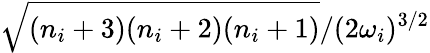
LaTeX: \sqrt{{(n_{i}+3)(n_{i}+2)(n_{i}+1)}}/{(2\omega_{i})^{3/2}}